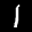
Label: 1